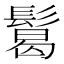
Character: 𩮂